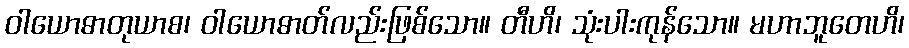
ဝါယောဓာတုယာစ၊ ဝါယောဓာတ်လည်းဖြစ်သော။ တီဟိ၊ သုံးပါးကုန်သော။ မဟာဘူတေဟိ၊